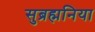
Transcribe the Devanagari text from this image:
सुब्रह्मनिया